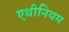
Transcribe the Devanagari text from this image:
एथीनियम